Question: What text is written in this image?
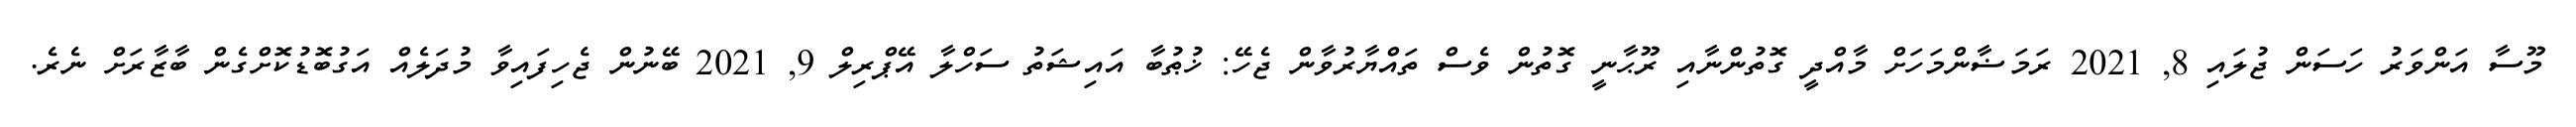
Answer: މޫސާ އަންވަރު ހަސަން ޖުލައި 8, 2021 ރަމަޟާންމަހަށް މާއްދީ ގޮތުންނާއި ރޫޙާނީ ގޮތުން ވެސް ތައްޔާރުވާން ޖެހޭ: ޚުޠުބާ އައިޝަތު ސަހްލާ އޭޕްރިލް 9, 2021 ބޭނުން ޖެހިފައިވާ މުދަލެއް އަގުބޮޑުކޮށްގެން ބާޒާރަށް ނެރެ.